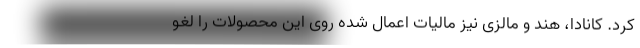
کرد. کانادا، هند و مالزی نیز مالیات اعمال شده روی این محصولات را لغو